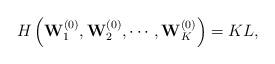
LaTeX: \begin{align*} H\left(\mathbf{W}_{1}^{(0)},\mathbf{W}_{2}^{(0)},\cdots,\mathbf{W}_{K}^{(0)}\right)=KL,\end{align*}